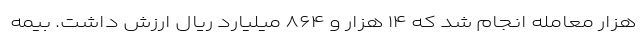
هزار معامله انجام شد که ۱۴ هزار و ۸۶۴ میلیارد ریال ارزش داشت. بیمه